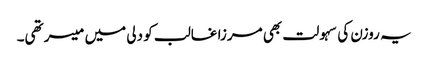
یہ روزن کی سہولت بھی مرزا غالب کو دلی میں میسر تھی۔